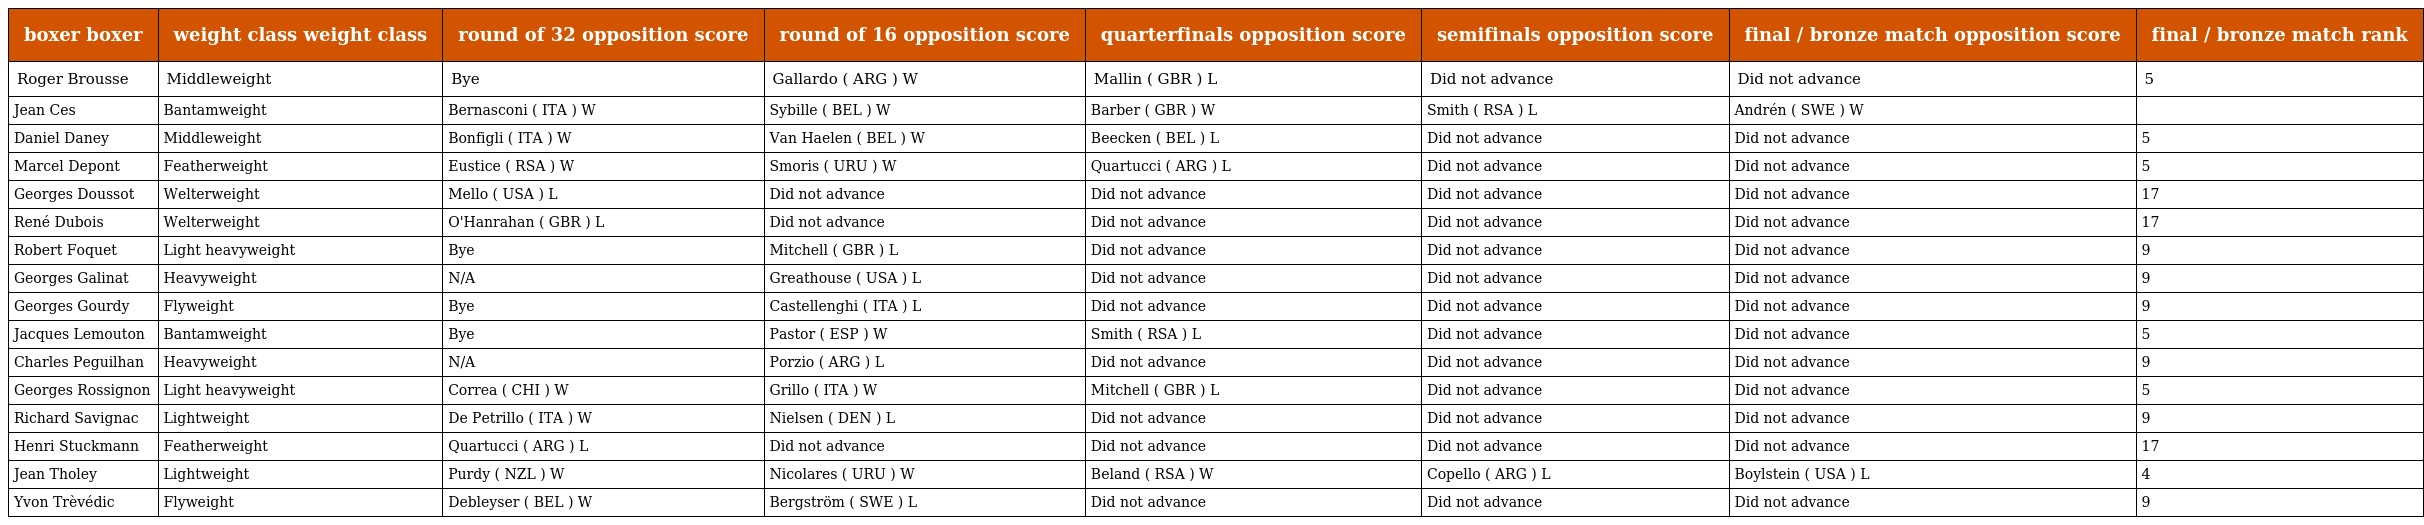
| boxer boxer | weight class weight class | round of 32 opposition score | round of 16 opposition score | quarterfinals opposition score | semifinals opposition score | final / bronze match opposition score | final / bronze match rank |
 | --- | --- | --- | --- | --- | --- | --- | --- |
 | Roger Brousse | Middleweight | Bye | Gallardo ( ARG ) W | Mallin ( GBR ) L | Did not advance | Did not advance | 5 |
 | Jean Ces | Bantamweight | Bernasconi ( ITA ) W | Sybille ( BEL ) W | Barber ( GBR ) W | Smith ( RSA ) L | Andrén ( SWE ) W |  |
 | Daniel Daney | Middleweight | Bonfigli ( ITA ) W | Van Haelen ( BEL ) W | Beecken ( BEL ) L | Did not advance | Did not advance | 5 |
 | Marcel Depont | Featherweight | Eustice ( RSA ) W | Smoris ( URU ) W | Quartucci ( ARG ) L | Did not advance | Did not advance | 5 |
 | Georges Doussot | Welterweight | Mello ( USA ) L | Did not advance | Did not advance | Did not advance | Did not advance | 17 |
 | René Dubois | Welterweight | O'Hanrahan ( GBR ) L | Did not advance | Did not advance | Did not advance | Did not advance | 17 |
 | Robert Foquet | Light heavyweight | Bye | Mitchell ( GBR ) L | Did not advance | Did not advance | Did not advance | 9 |
 | Georges Galinat | Heavyweight | N/A | Greathouse ( USA ) L | Did not advance | Did not advance | Did not advance | 9 |
 | Georges Gourdy | Flyweight | Bye | Castellenghi ( ITA ) L | Did not advance | Did not advance | Did not advance | 9 |
 | Jacques Lemouton | Bantamweight | Bye | Pastor ( ESP ) W | Smith ( RSA ) L | Did not advance | Did not advance | 5 |
 | Charles Peguilhan | Heavyweight | N/A | Porzio ( ARG ) L | Did not advance | Did not advance | Did not advance | 9 |
 | Georges Rossignon | Light heavyweight | Correa ( CHI ) W | Grillo ( ITA ) W | Mitchell ( GBR ) L | Did not advance | Did not advance | 5 |
 | Richard Savignac | Lightweight | De Petrillo ( ITA ) W | Nielsen ( DEN ) L | Did not advance | Did not advance | Did not advance | 9 |
 | Henri Stuckmann | Featherweight | Quartucci ( ARG ) L | Did not advance | Did not advance | Did not advance | Did not advance | 17 |
 | Jean Tholey | Lightweight | Purdy ( NZL ) W | Nicolares ( URU ) W | Beland ( RSA ) W | Copello ( ARG ) L | Boylstein ( USA ) L | 4 |
 | Yvon Trèvédic | Flyweight | Debleyser ( BEL ) W | Bergström ( SWE ) L | Did not advance | Did not advance | Did not advance | 9 |